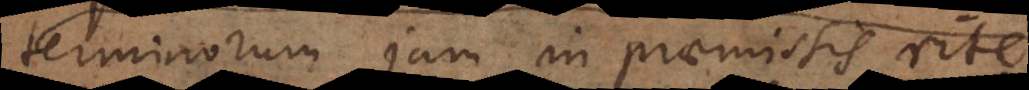
terminorum jam in praemissis rite